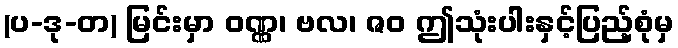
(ပ-ဒု-တ) မြင်းမှာ ဝဏ္ဏ၊ ဗလ၊ ဇဝ ဤသုံးပါးနှင့်ပြည့်စုံမှ